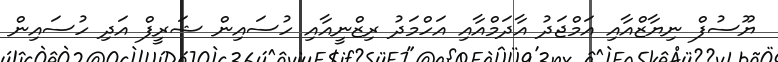
ޔޫސުފް ނިޔާޒްއާއި އަމްޖަދު އާދަމްއާއި އަހްމަދު ރިޒްނީއާއި ހުސައިން ޝަރީފް އަދި ހުސައިން